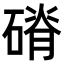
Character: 𥕂